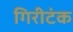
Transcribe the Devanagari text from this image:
गिरीटंक